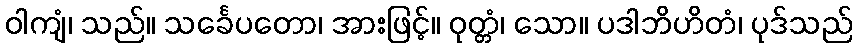
ဝါကျံ၊ သည်။ သင်္ခေပတော၊ အားဖြင့်။ ဝုတ္တံ၊ သော။ ပဒါဘိဟိတံ၊ ပုဒ်သည်